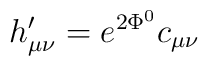
h_{\mu\nu}'= e^{2\Phi^0 }c_{\mu\nu}